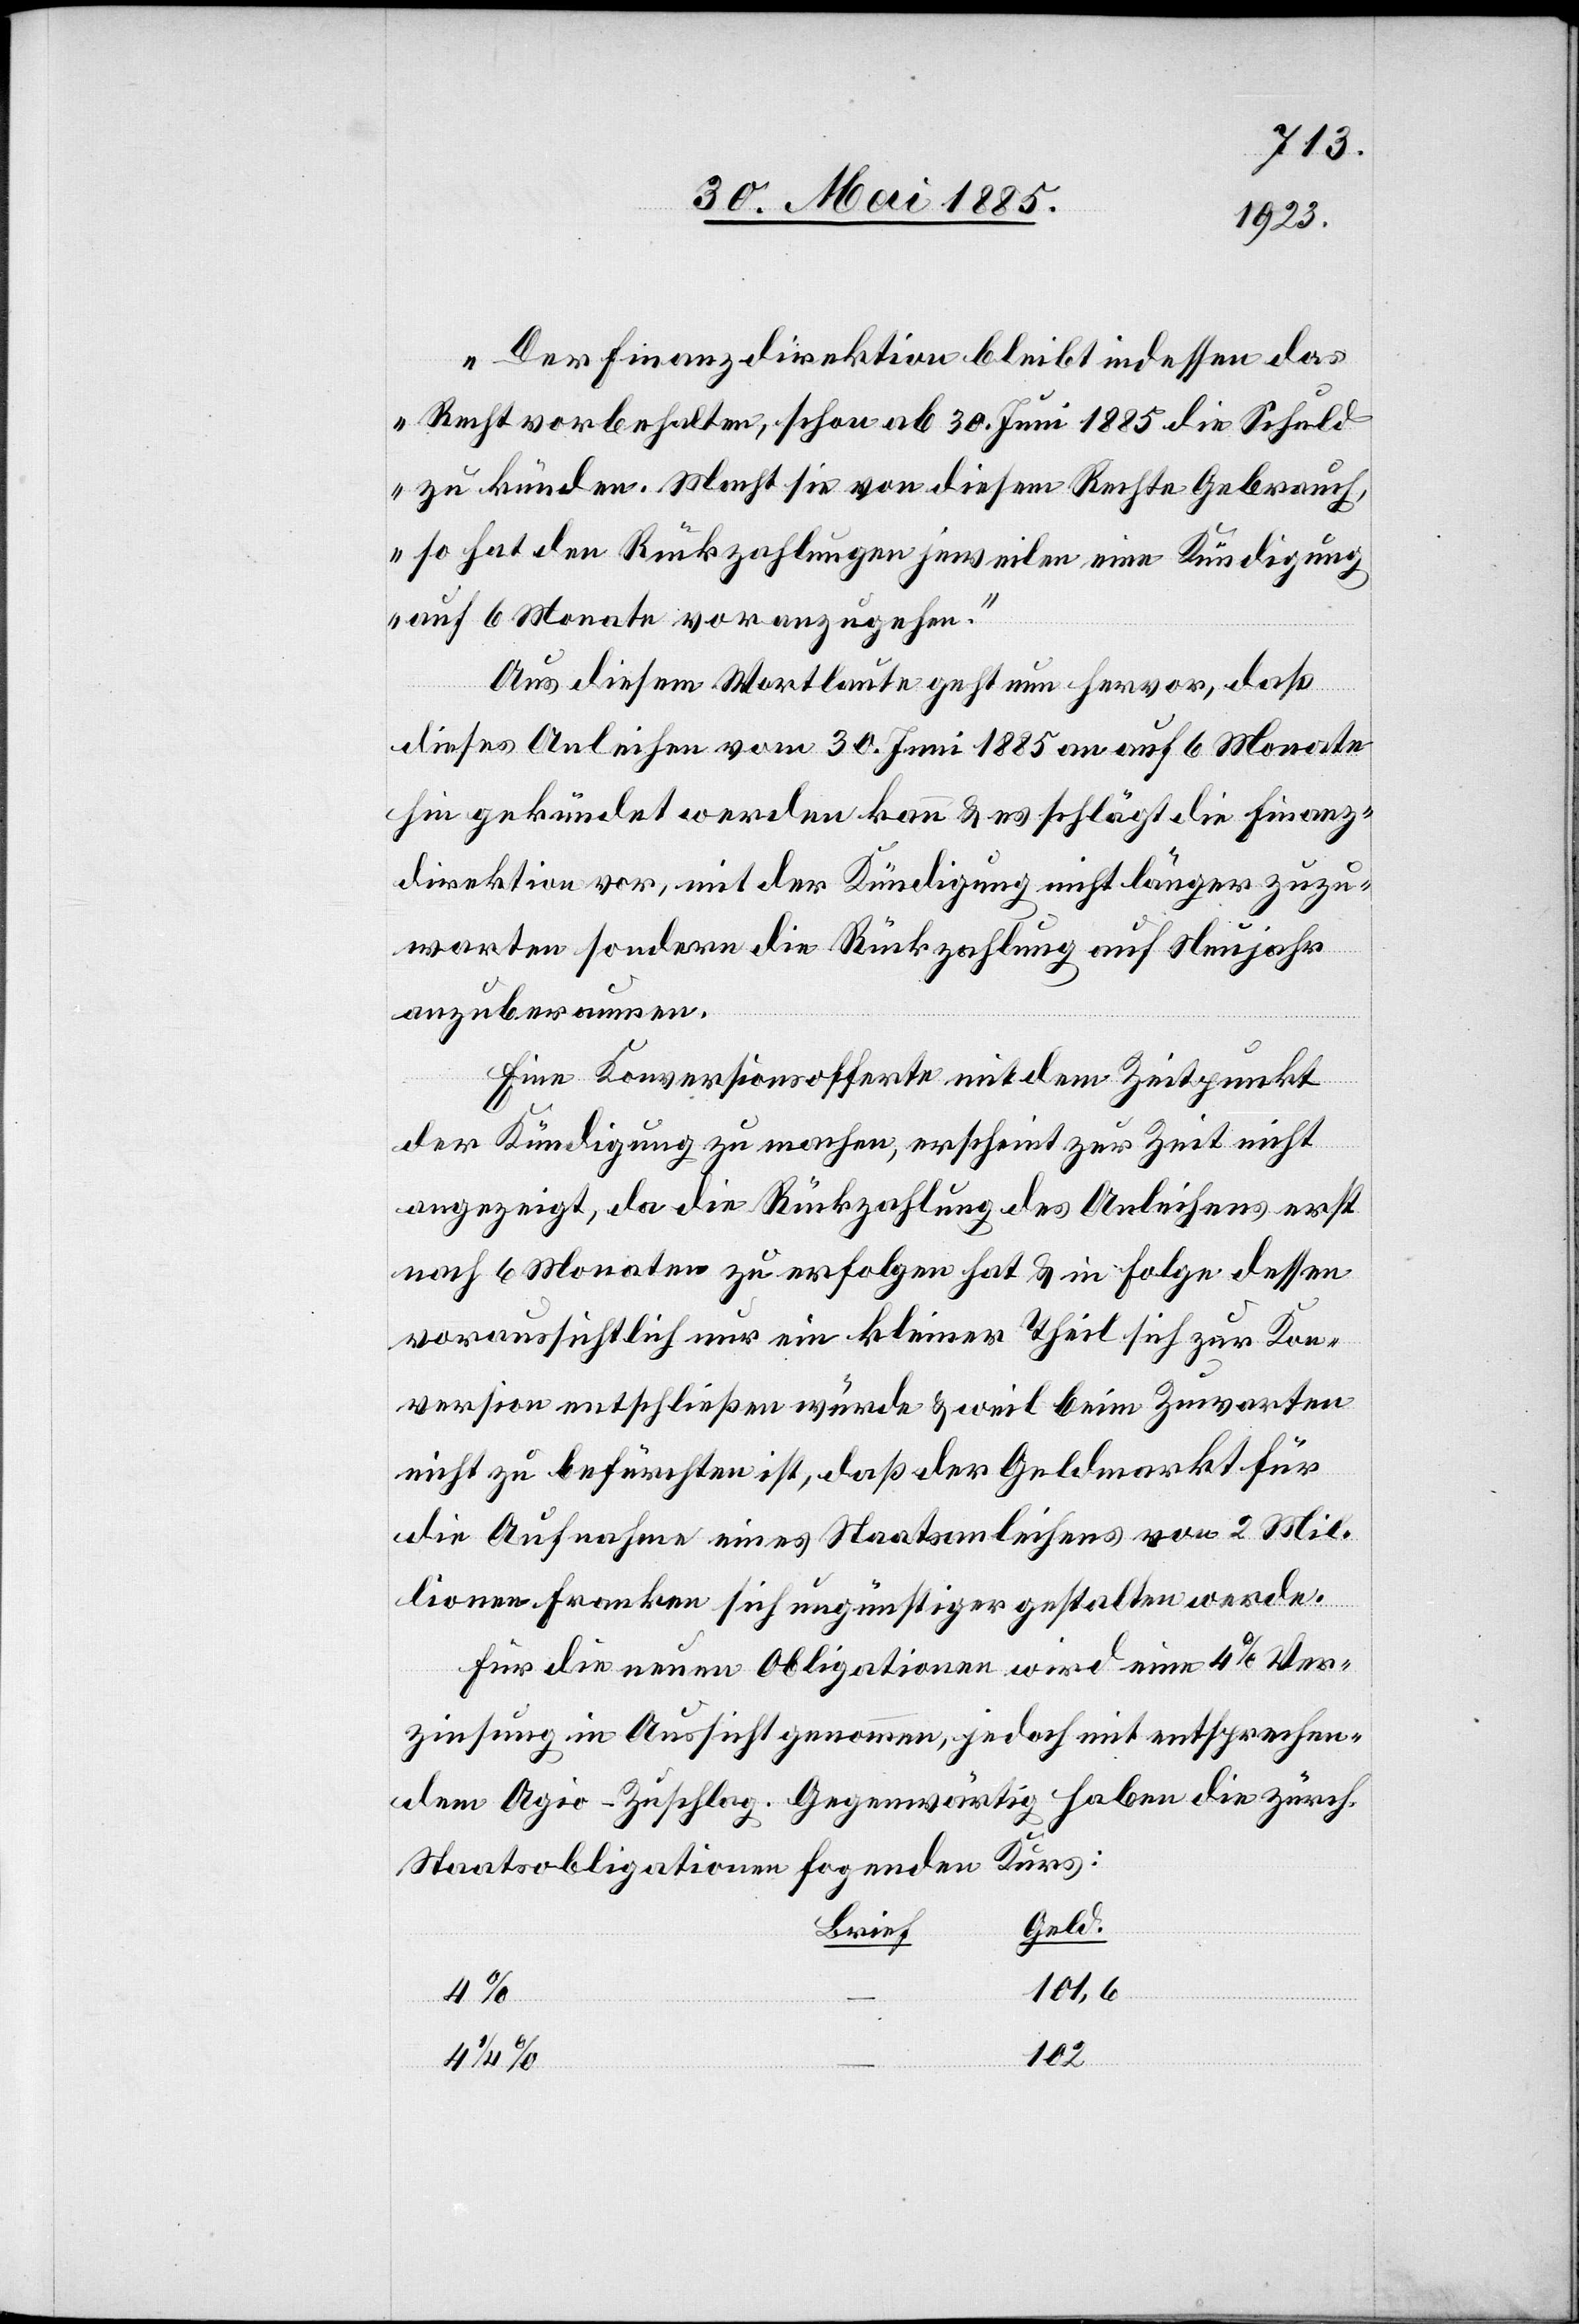
„Der Finanzdirektion bleibt indessen das
Recht vorbehalten, schon ab 30. Juni 1885 die Schuld
zu künden. Macht sie von diesem Rechte Gebrauch,
so hat den Rückzahlungen jeweilen eine Kündigung
auf 6 Monate voranzugehen.“
Aus diesem Wortlaute geht nun hervor, daß
dieses Anleihen vom 30. Juni 1885 an auf 6 Monate
hin gekündet werden kann & es schlägt die Finanz¬
direktion vor, mit der Kündigung nicht länger zuzu¬
warten sondern die Rückzahlung auf Neujahr
anzuberaumen.
Eine Konversionsofferte mit dem Zeitpunkt
der Kündigung zu machen, erscheint zur Zeit nicht
angezeigt, da die Rückzahlung des Anleihens erst
nach 6 Monaten zu erfolgen hat & in Folge dessen
voraussichtlich nur ein kleiner Theil sich zur Kon¬
version entschließen würde & weil beim Zuwarten
nicht zu befürchten ist, daß der Geldmarkt für
die Aufnahme eines Staatsanleihens von 2 Mil¬
lionen Franken sich ungünstiger gestalten werde.
Für die neuen Obligationen wird eine 4% Ver¬
zinsung in Aussicht genommen, jedoch mit entsprechen¬
dem Agio-Zuschlag. Gegenwärtig haben die zürch.
Staatsobligationen folgenden Kurs:
Geld
Brief
101,6
102